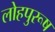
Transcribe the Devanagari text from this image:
लोहपुरूष